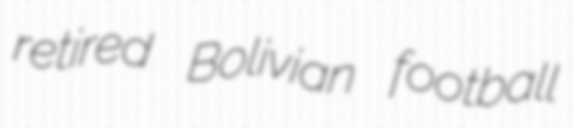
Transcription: retired Bolivian football